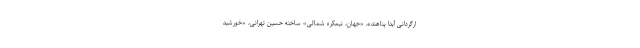
ارگردانی آیدا پناهنده، «جهان، نیمکره شمالی» ساخته حسین تهرانی، «خورشید